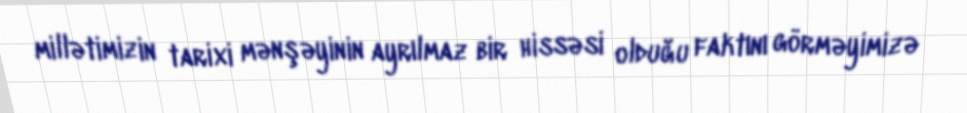
millətimizin tarixi mənşəyinin ayrılmaz bir hissəsi olduğu faktını görməyimizə